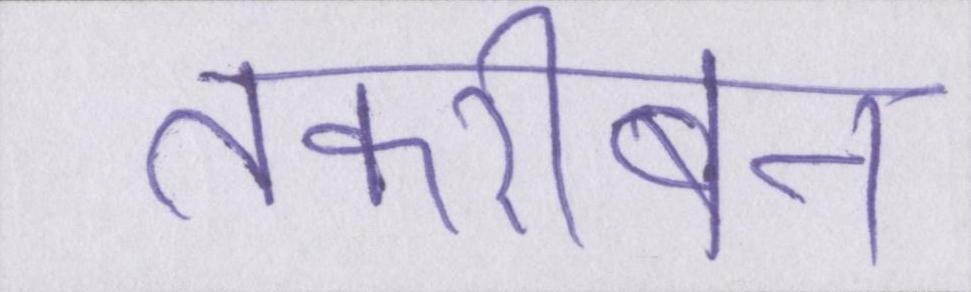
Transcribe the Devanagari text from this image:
तकरीबन